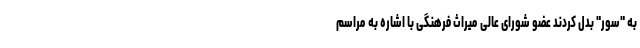
به "سور" بدل کردند عضو شورای عالی میراث فرهنگی با اشاره به مراسم